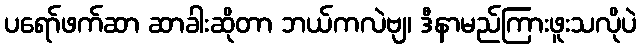
ပရော်ဖက်ဆာ ဆာခါးဆိုတာ ဘယ်ကလဲဗျ၊ ဒီနာမည်ကြားဖူးသလိုပဲ